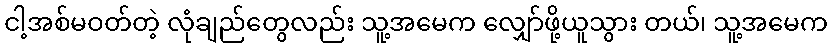
ငါ့အစ်မဝတ်တဲ့ လုံချည်တွေလည်း သူ့အမေက လျှော်ဖို့ယူသွား တယ်၊ သူ့အမေက